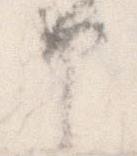
申